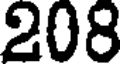
208